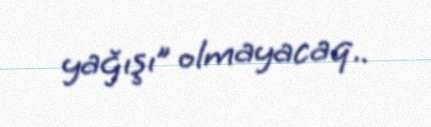
yağışı” olmayacaq..